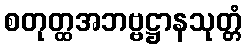
စတုတ္ထအဘဗ္ဗဋ္ဌာနသုတ္တံ